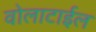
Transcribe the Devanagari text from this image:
वोलाटाईल